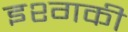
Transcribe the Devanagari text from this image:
इश्गकी